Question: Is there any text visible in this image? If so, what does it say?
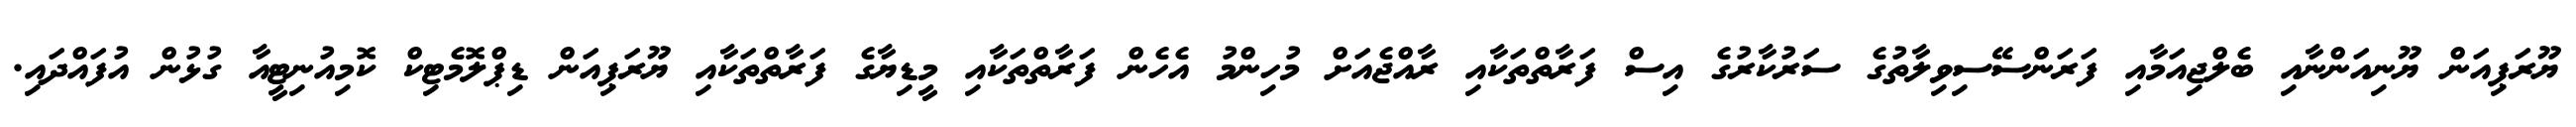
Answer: ޔޫރަޕިއަން ޔޫނިއަންނާއި ބެލްޖިއަމާއި ފަރަންސޭސިވިލާތުގެ ސަރުކާރުގެ އިސް ފަރާތްތަކާއި ރާއްޖެއަށް މުހިންމު އެހެން ފަރާތްތަކާއި މީޑިޔާގެ ފަރާތްތަކާއި ޔޫރަޕިއަން ޑިޕްލޮމެޓިކް ކޮމިއުނިޓީއާ ގުޅުން އުފައްދައި.